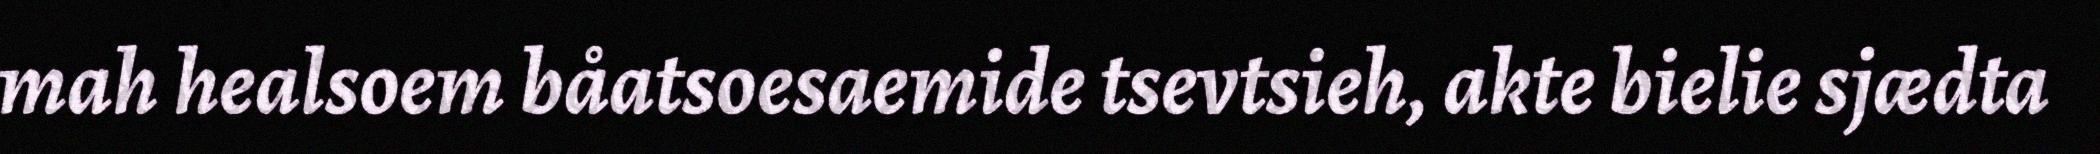
mah healsoem båatsoesaemide tsevtsieh, akte bielie sjædta